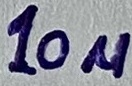
Text: 10µ